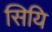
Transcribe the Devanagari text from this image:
सियि